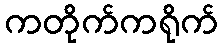
ကတိုက်ကရိုက်